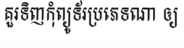
គួរទិញកុំព្យូទ័រប្រភេទណា ឲ្យ